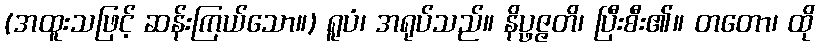
(အထူးသဖြင့် ဆန်းကြယ်သော။) ရူပံ၊ အရုပ်သည်။ နိပ္ဖဇ္ဇတိ၊ ပြီးစီး၏။ တတော၊ ထို